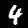
Digit: 4